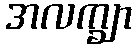
အလက္ချာ